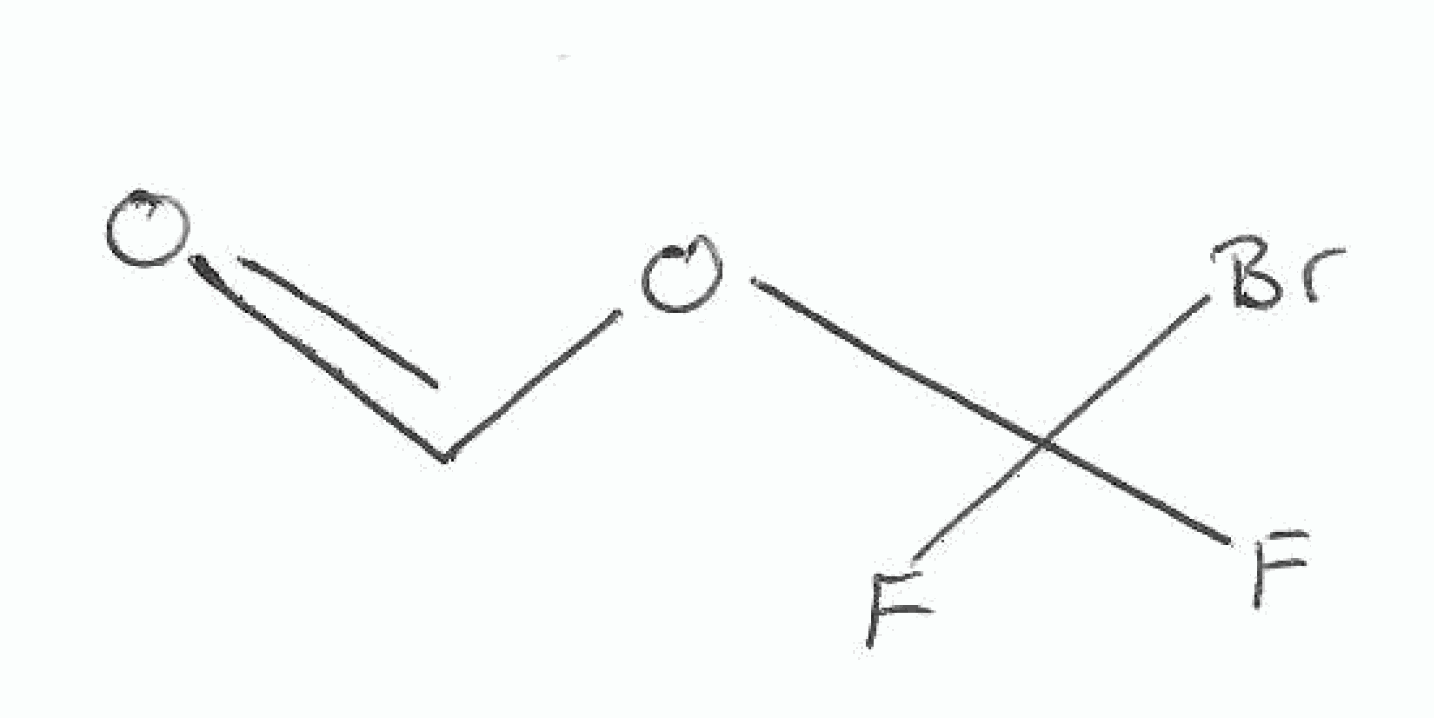
Simplified molecular-input line-entry system (SMILES) notation of the given molecule:
C(=O)OC(F)(F)Br